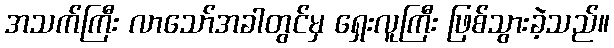
အသက်ကြီး လာသော်အခါတွင်မှ ရှေးလူကြီး ဖြစ်သွားခဲ့သည်။